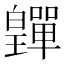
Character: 𤾺